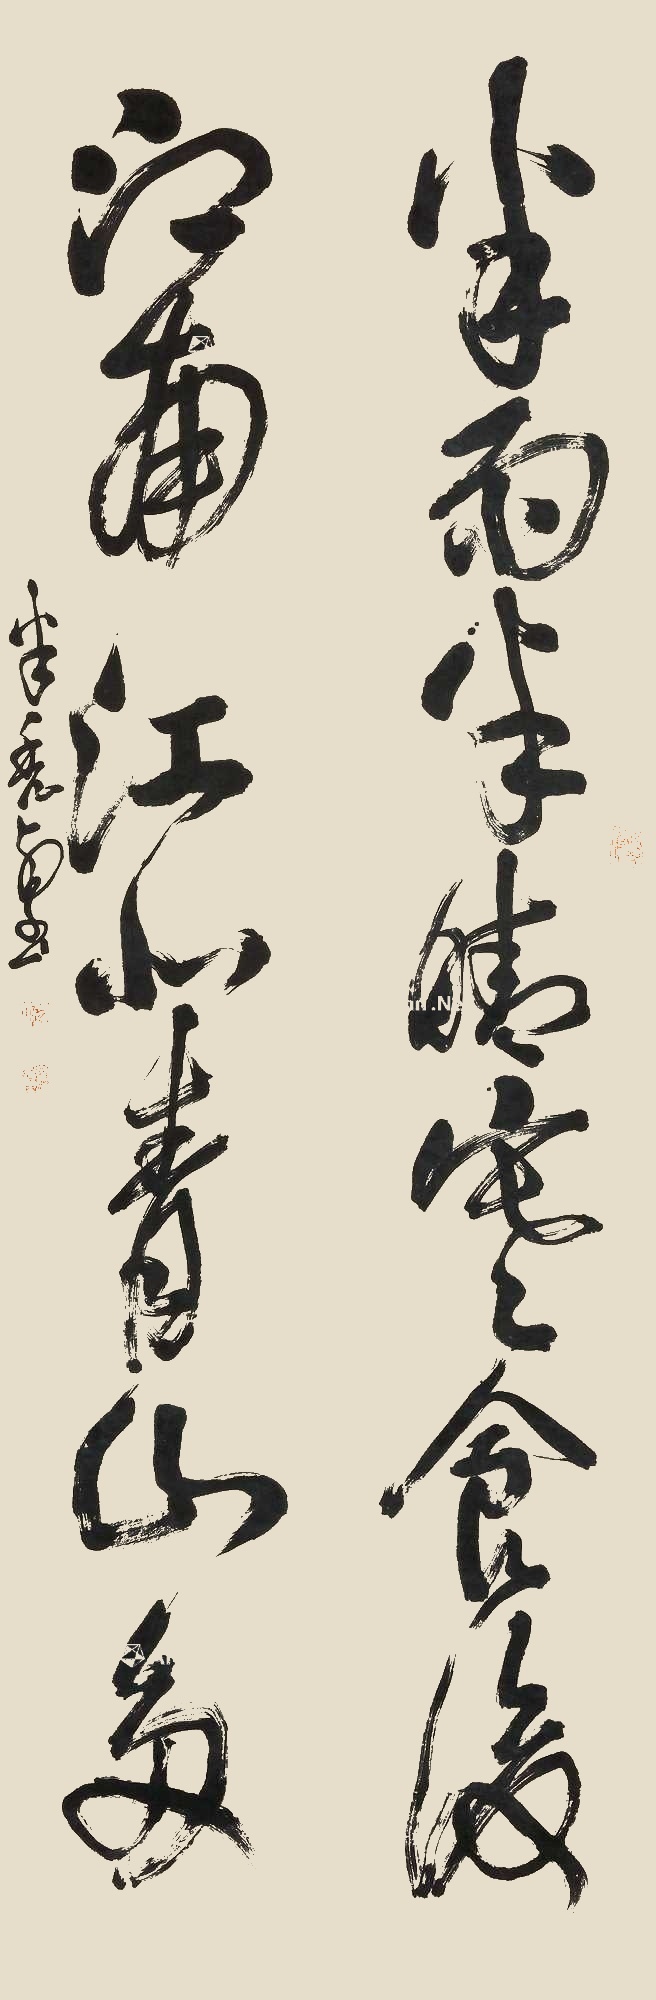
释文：半雨半晴寒食后，江南江北青山多。半秃壑书。